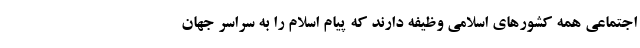
اجتماعی همه کشورهای اسلامی وظیفه دارند که پیام اسلام را به سراسر جهان